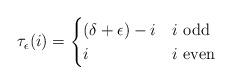
LaTeX: \begin{align*}\tau_\epsilon(i)&=\begin{cases}(\delta+\epsilon)-i&\mbox{$i$ odd}\\i &\mbox{$i$ even}\end{cases}\end{align*}